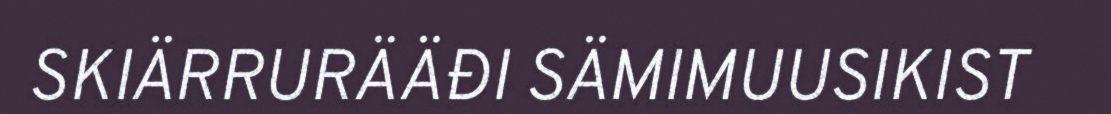
SKIÄRRURÄÄĐI SÄMIMUUSIKIST